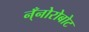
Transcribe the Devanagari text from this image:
न्ँनोरोबोट